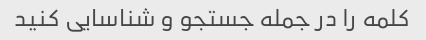
کلمه را در جمله جستجو و شناسایی کنید